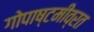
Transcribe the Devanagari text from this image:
गोपाष्टमीव्रत